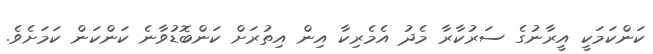
ކަންކަމަކީ އީރާނުގެ ސަރުކާރާ މެދު އެމެރިކާ އިން އިތުރަށް ކަންބޮޑުވާނެ ކަންކަން ކަމަށެވެ.